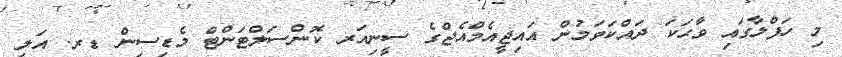
މި ހަފްލާގައި ވާޙަކަ ދައްކަވަމުން އައިޖީއެމްއެޖްގެ ސީނިއަރ ކޮންސަލްޓަންޓް މެޑިސިން ޑރ. އަލީ